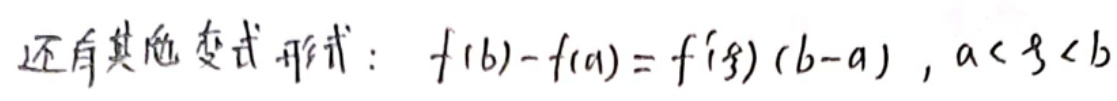
还有其他变式形式：$f(b)-f(a)=f'(\xi)(b - a),a<\xi<b$